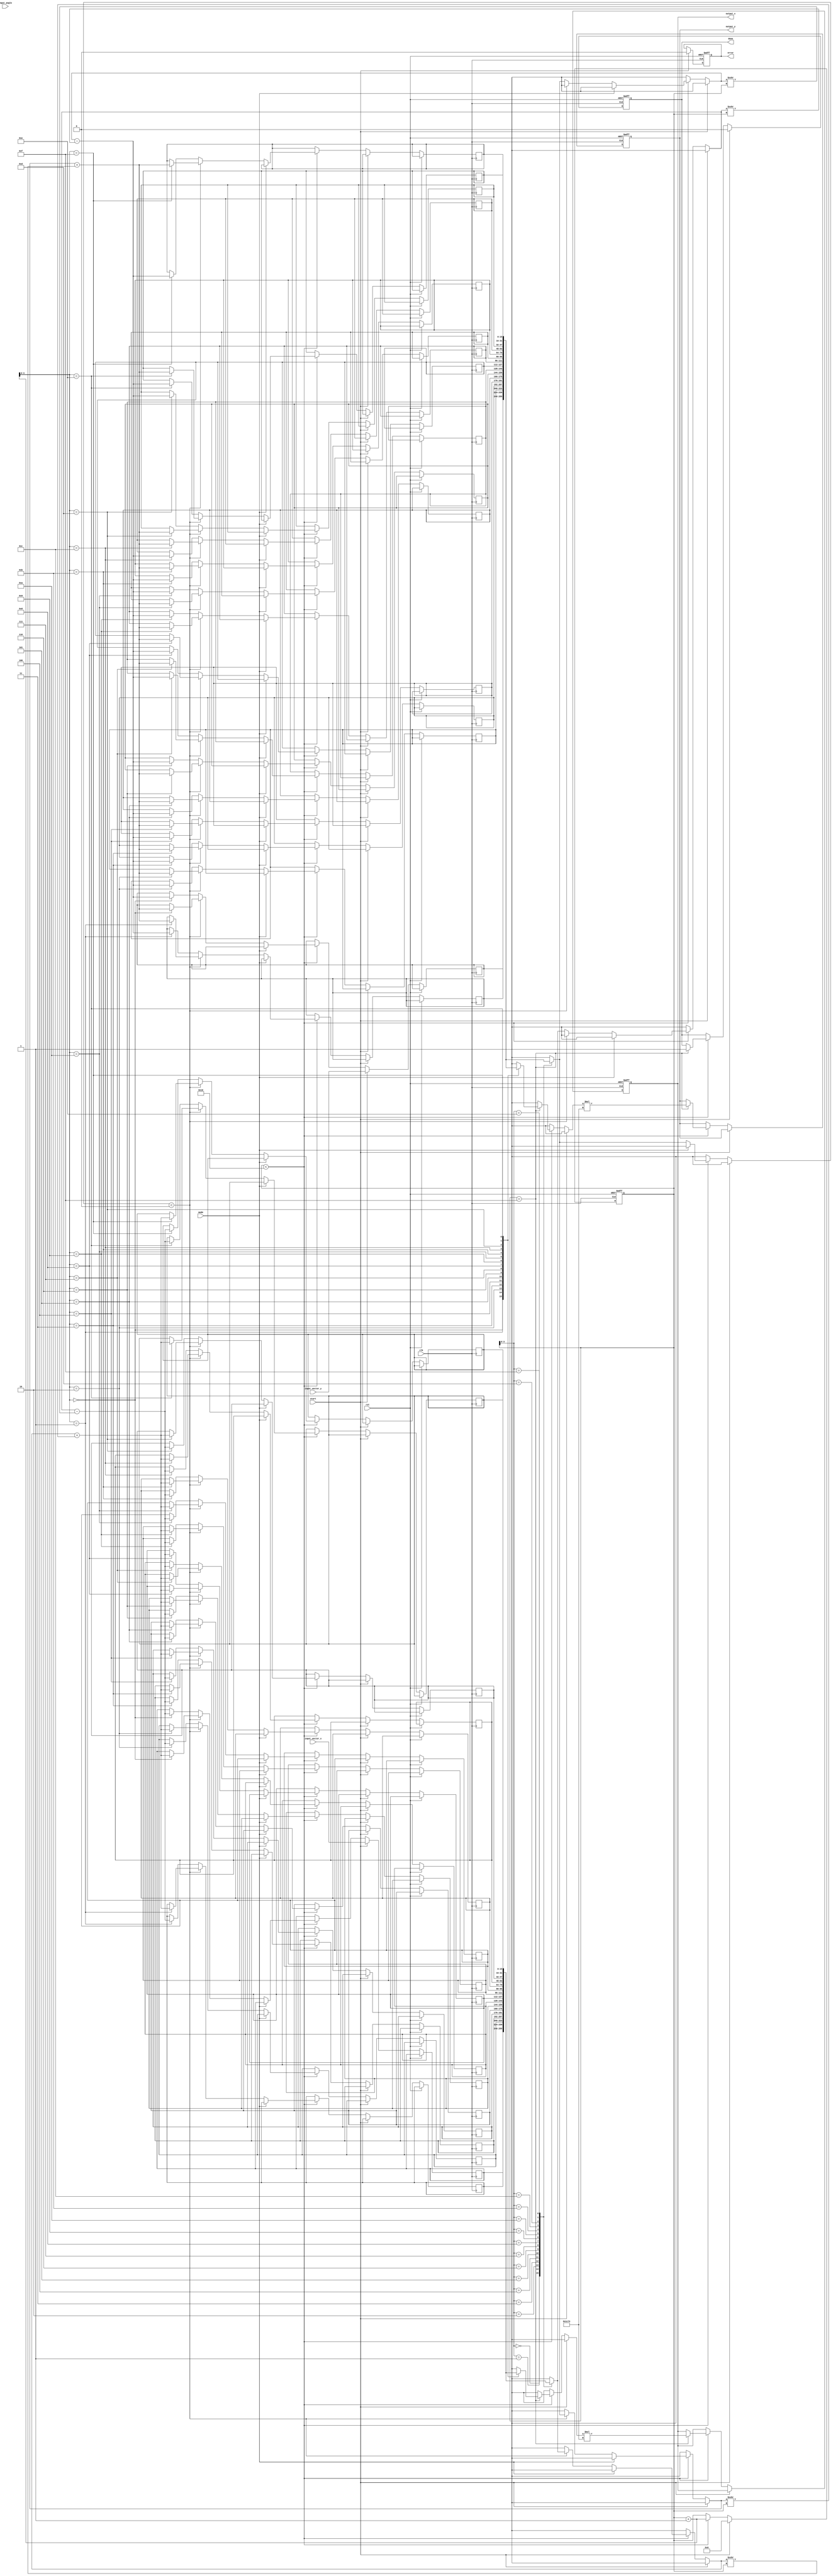
module adaptive_cordic #(
    parameter DATA_WIDTH = 16,  // Width of input/output data
    parameter ITERATIONS = 16    // Number of CORDIC iterations
)(
    input wire clk,
    input wire rst,
    input wire [DATA_WIDTH-1:0] input_angle, // Input angle in radians
    input wire [DATA_WIDTH-1:0] input_vector_x, // Input vector x
    input wire [DATA_WIDTH-1:0] input_vector_y, // Input vector y
    input wire mode, // Mode selection: 0 for rotation, 1 for vectoring
    input wire start, // Start signal
    output reg [DATA_WIDTH-1:0] output_x, // Output x
    output reg [DATA_WIDTH-1:0] output_y, // Output y
    output reg done, // Completion signal
    output reg error // Error signal
);

    // Internal signals
    reg [DATA_WIDTH-1:0] x[0:ITERATIONS-1];
    reg [DATA_WIDTH-1:0] y[0:ITERATIONS-1];
    reg [DATA_WIDTH-1:0] angle[0:ITERATIONS-1];
    reg [4:0] iteration_count;
    reg [DATA_WIDTH-1:0] scaling_factor;
    
    // Precomputed arctangent values (for simplicity, using fixed values)
    reg [DATA_WIDTH-1:0] atan_table [0:ITERATIONS-1];
    
    // Initialization of arctangent values (in radians)
    initial begin
        atan_table[0] = 16'h2000; // atan(1) = pi/4
        atan_table[1] = 16'h1000; // atan(0.5)
        atan_table[2] = 16'h0800; // atan(0.25)
        // ... Fill in the rest of the atan values
    end

    // Scaling factor (for simplicity, using a constant)
    initial begin
        scaling_factor = 16'h1C74; // 1/sqrt(2) for 16 iterations
    end

    // Control logic
    always @(posedge clk or posedge rst) begin
        if (rst) begin
            iteration_count <= 0;
            output_x <= 0;
            output_y <= 0;
            done <= 0;
            error <= 0;
        end else if (start) begin
            // Initialize values
            x[0] <= input_vector_x;
            y[0] <= input_vector_y;
            angle[0] <= input_angle;
            iteration_count <= 0;
            done <= 0;
            error <= 0;
        end else if (iteration_count < ITERATIONS) begin
            // CORDIC iteration
            if (mode == 0) begin // Rotation mode
                if (y[iteration_count] < 0) begin
                    x[iteration_count + 1] <= x[iteration_count] + (y[iteration_count] >>> iteration_count);
                    y[iteration_count + 1] <= y[iteration_count] + (x[iteration_count] >>> iteration_count);
                    angle[iteration_count + 1] <= angle[iteration_count] + atan_table[iteration_count];
                end else begin
                    x[iteration_count + 1] <= x[iteration_count] - (y[iteration_count] >>> iteration_count);
                    y[iteration_count + 1] <= y[iteration_count] - (x[iteration_count] >>> iteration_count);
                    angle[iteration_count + 1] <= angle[iteration_count] - atan_table[iteration_count];
                end
            end else begin // Vectoring mode
                // Implement vectoring logic here
            end
            
            // Update scaling factor
            if (iteration_count == ITERATIONS - 1) begin
                output_x <= x[iteration_count + 1] * scaling_factor;
                output_y <= y[iteration_count + 1] * scaling_factor;
                done <= 1;
            end
            
            iteration_count <= iteration_count + 1;
        end
    end

endmodule